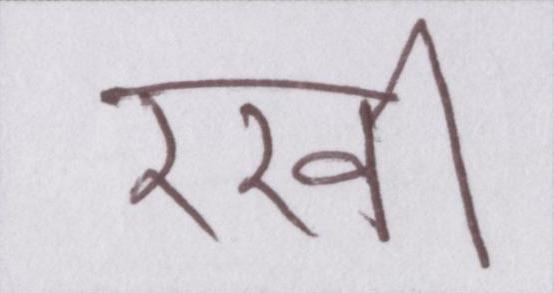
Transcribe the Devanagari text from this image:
रखी